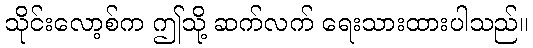
သိုင်းလော့စ်က ဤသို့ ဆက်လက် ရေးသားထားပါသည်။